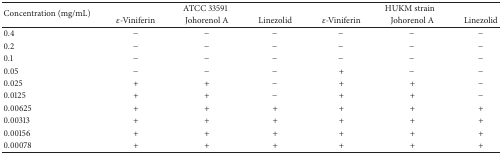
<table><thead><tr><td rowspan="2"><b>Concentration (mg/mL)</b></td><td colspan="3"><b>ATCC 33591 </b></td><td colspan="3"><b> HUKM strain</b></td></tr><tr><td><b><i>ε</i>-Viniferin</b></td><td><b>Johorenol A</b></td><td><b>Linezolid</b></td><td><b><i>ε</i>-Viniferin</b></td><td><b>Johorenol A</b></td><td><b>Linezolid</b></td></tr></thead><tbody><tr><td>0.4</td><td>−</td><td>−</td><td>−</td><td>−</td><td>−</td><td>−</td></tr><tr><td>0.2</td><td>−</td><td>−</td><td>−</td><td>−</td><td>−</td><td>−</td></tr><tr><td>0.1</td><td>−</td><td>−</td><td>−</td><td>−</td><td>−</td><td>−</td></tr><tr><td>0.05</td><td>−</td><td>−</td><td>−</td><td>+</td><td>−</td><td>−</td></tr><tr><td>0.025</td><td>+</td><td>+</td><td>−</td><td>+</td><td>+</td><td>−</td></tr><tr><td>0.0125</td><td>+</td><td>+</td><td>−</td><td>+</td><td>+</td><td>−</td></tr><tr><td>0.00625</td><td>+</td><td>+</td><td>+</td><td>+</td><td>+</td><td>+</td></tr><tr><td>0.00313</td><td>+</td><td>+</td><td>+</td><td>+</td><td>+</td><td>+</td></tr><tr><td>0.00156</td><td>+</td><td>+</td><td>+</td><td>+</td><td>+</td><td>+</td></tr><tr><td>0.00078</td><td>+</td><td>+</td><td>+</td><td>+</td><td>+</td><td>+</td></tr></tbody></table>